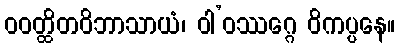
ဝဝတ္ထိတဝိဘာသာယံ၊ ဝါ’ဝဿဂ္ဂေ ဝိကပ္ပနေ။